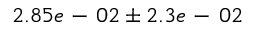
2 . 8 5 e \mathrm { ~ - ~ } 0 2 \pm 2 . 3 e \mathrm { ~ - ~ } 0 2